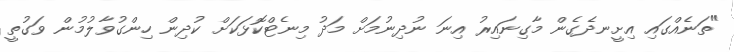
"ތަނެއްގައި އިށީނދެގެން މާގިނައިރު އިނަ ނުދިނުމަށް މަދު މިނެޓްކޮޅަކަށް ކުދިން ހިންގުވާލުމުން ވަގުތީ